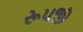
રૂપજી